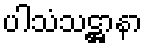
ပါသံသဋ္ဌာနာ